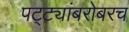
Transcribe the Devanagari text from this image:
पट्ट्यांबरोबरच